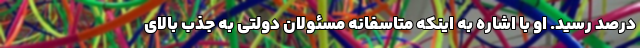
درصد رسید. او با اشاره به اینکه متاسفانه مسئولان دولتی به جذب بالای